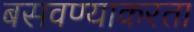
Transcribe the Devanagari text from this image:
बसवण्याकरता